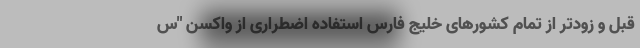
قبل و زودتر از تمام کشورهای خلیج فارس استفاده اضطراری از واکسن "س